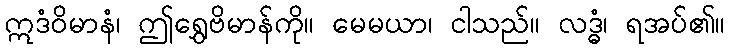
ဣဒံဝိမာနံ၊ ဤရွှေဗိမာန်ကို။ မေမယာ၊ ငါသည်။ လဒ္ဓံ၊ ရအပ်၏။